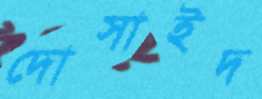
দোসাইদ